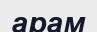
арам